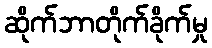
ဆိုက်ဘာတိုက်ခိုက်မှု